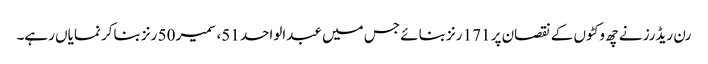
رن ریڈرز نے چھ وکٹوں کے نقصان پر 171 رنز بنائے جس میں عبدالواحد 51، سمیر 50 رنز بناکر نمایاں رہے۔